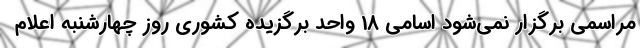
مراسمی برگزار نمی‌شود اسامی 18 واحد برگزیده کشوری روز چهارشنبه اعلام